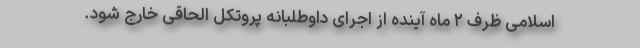
اسلامی ظرف ۲ ماه آینده از اجرای داوطلبانه پروتکل الحاقی خارج شود.